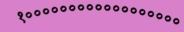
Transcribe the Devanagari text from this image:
१००००००००००००००००००